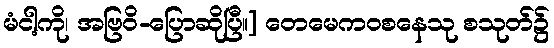
မံငါ့ကို၊ အဗြဝိ-ပြောဆိုပြီ။] တေမေကဝစနေသု စသုတ်၌